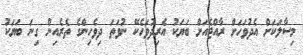
މިސާލަކަށް އެދުވަހަށް ރާއްޖެއަށް ބަޔަކު އެރިދުވަހެކޭ ނުވަތަ ދިވެހިންގެ ތެރެއިން ގިނަ ބަޔަކު